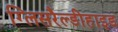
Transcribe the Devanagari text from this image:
ग्लिसरैल्डीहाइड